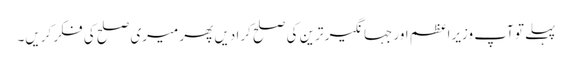
پہلے تو آپ وزیراعظم اور جہانگیر ترین کی صلح کرا دیں پھر میری صلح کی فکر کریں۔